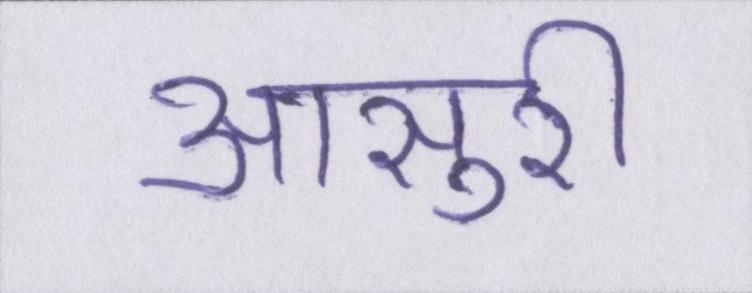
आसुरी